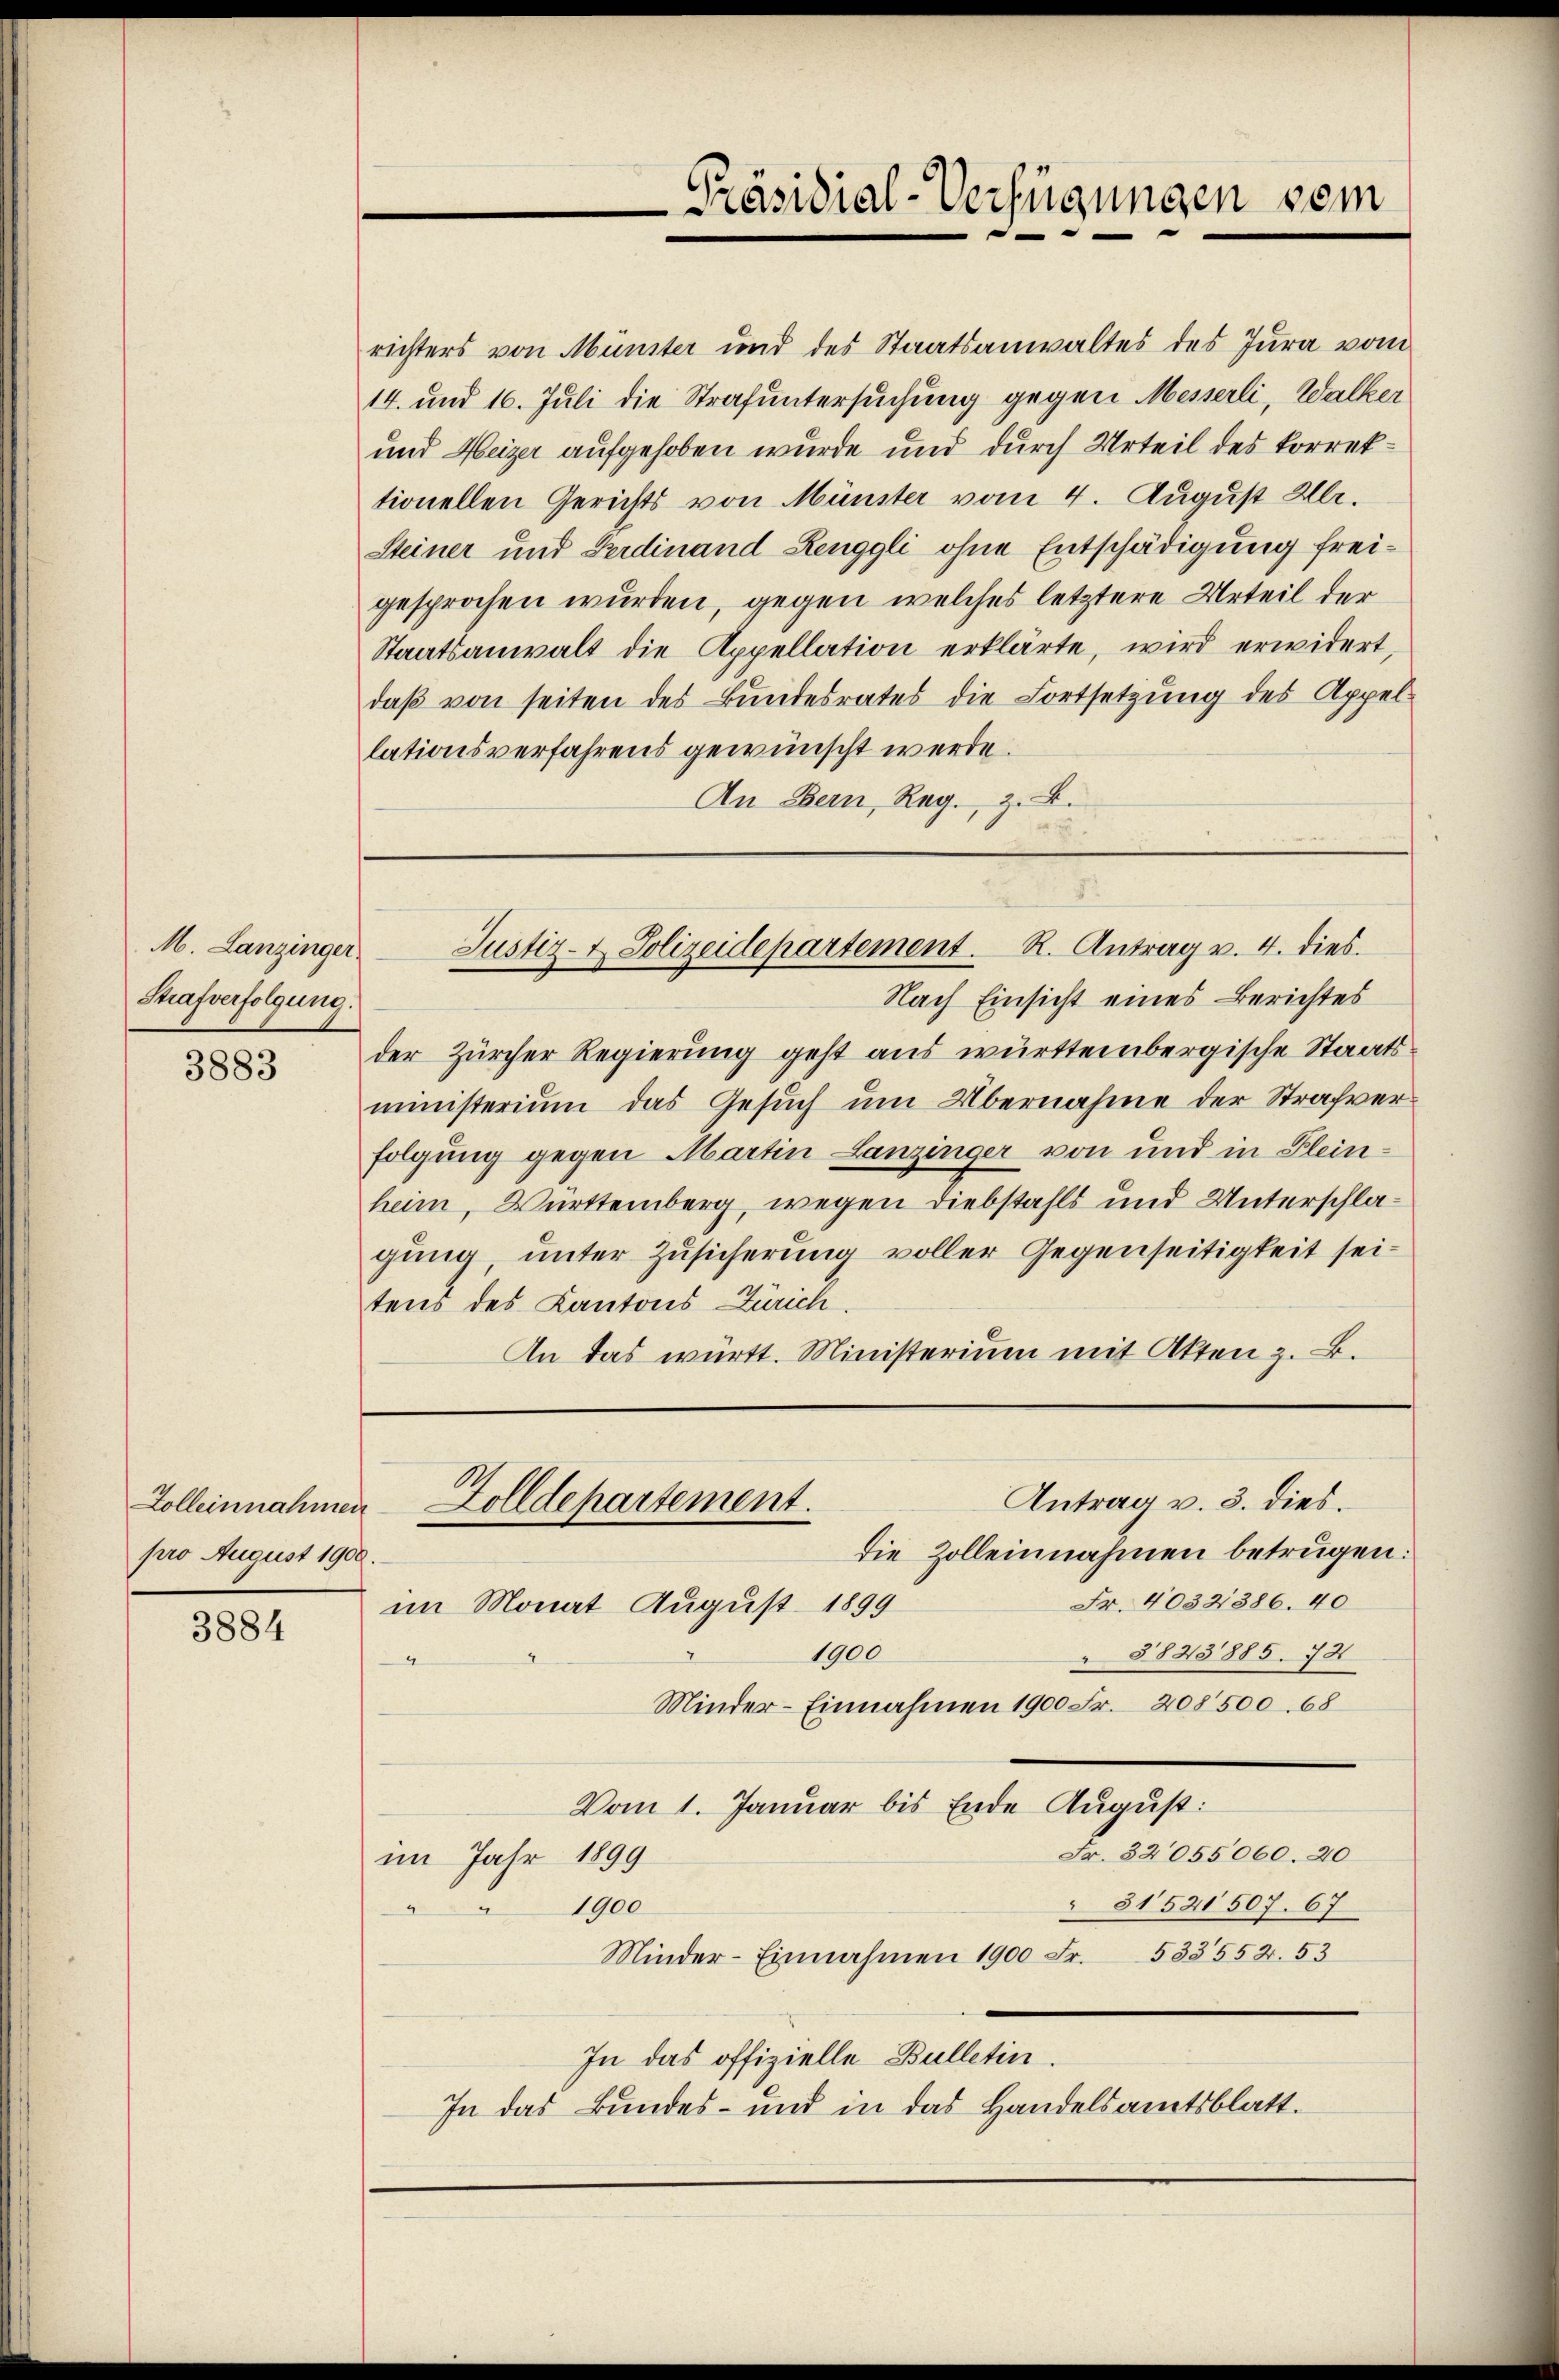
M. Lanzinger.
Strafverfolgung.

3883

Zolleinnahmen
pro August 1900.

3884

richters von Münster und des Staatsanwaltes des Jura vom
14. und 16. Juli die Strafuntersuchung gegen Messerli, Walker
und Heizer aufgehoben wurde und durch Urteil des korrektionellen Gerichts von Münster vom 4. August Hlr.
Steiner und Ferdinand Renggli ohne Entschädigung freigesprochen wurden, gegen welches letztere Urteil der
Staatsanwalt die Appellation erklärte, wird erwidert,
daß von seiten des Bundesrates die Fortsetzung des Appel
lationsverfahrens gewünscht werde.
An Bern, Reg. z. B.

Präsidial-Verfügungen sein

Nach Einsicht eines Berichtes
der Zürcher Regierung geht aus württembergische Staatsministerium das Gesuch um Übernahme der Strafverfolgung gegen Martin Lanzinger von und in Fleinheim, Württemberg, wegen Diebstahls und Unterschlagung, unter Zusicherung voller Gegenseitigkeit seitens des Kantons Zürich.
An das württ. Ministerium mit Akten z. B.

Justiz- & Polizeidepartement. R. Antrag u. 4. dies

Antrag v. 3. dies
Zolldepartement.
die Zolleinnahmen betrügen:

Fr. 40321386. 40
im Monat August 1899
1900
 3843885. 74
4
Minder-Einnahmen 1900 Fr. 208500. 68
Vom 1. Januar bis Ende August:
Fr. 32055060. 20
im Jahr 1899
 81521507. 67
1900
Minder-Einnahmen 1900 Fr. 533552. 53
In das offizielle Bulletin.
In das Bundes- und in das Handelsamtsblatt.